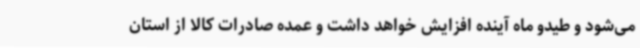
می‌شود و طیدو ماه آینده افزایش خواهد داشت و عمده صادرات کالا از استان